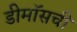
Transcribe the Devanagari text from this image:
डीमॉसची